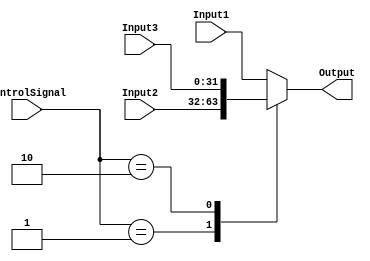
`timescale 1ns / 1ps
//////////////////////////////////////////////////////////////////////////////////
// Company: 
// 
// Design Name: 
// Module Name:     MIPS_MUX_4
// Project Name: 

// Revision: 
// Revision 0.01 - File Created
// Additional Comments: 
/////////////////////////////////////// PARAMETERIZED 3:1 MUX/////////////////////////
module MIPS_MUX_4 #(parameter SIZE=32) (
	input   [SIZE-1:0] Input1,
	input   [SIZE-1:0] Input2,
	input   [SIZE-1:0] Input3,		
	input 	[1:0] ControlSignal,
	output	reg [SIZE-1:0] Output
);
	always @(Input1, Input2, ControlSignal)
	begin
		case(ControlSignal)
			2'b00 : Output <= Input1;
			2'b01 : Output <= Input2;
			2'b10 : Output <= Input3;
			default: Output <= Input1;
		endcase
	end

	
endmodule